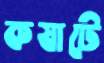
কষাটে